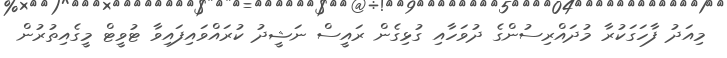
މިއަދު ފާހަގަކުރާ މުދައްރިސުންގެ ދުވަހާއި ގުޅިގެން ރައީސް ނަޝީދު ކުރައްވައިފައިވާ ޓުވީޓް މީގެއިތުރުން